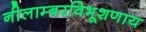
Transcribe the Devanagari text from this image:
नीलाम्बरविभूशणाय